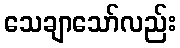
သေချာသော်လည်း